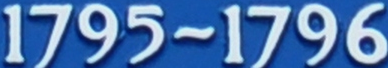
1795~1796